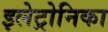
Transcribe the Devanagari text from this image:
इलेट्रोनिका